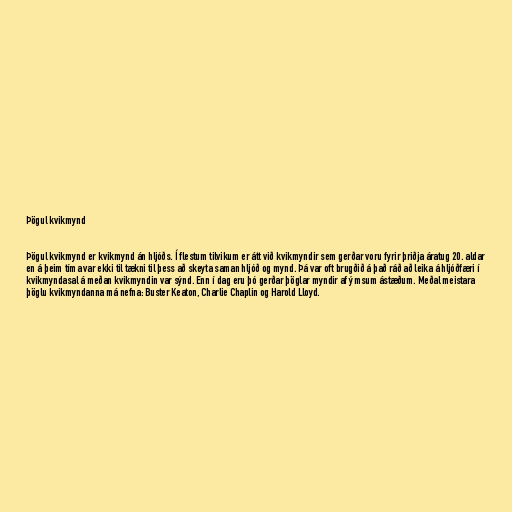
Þögul kvikmynd

Þögul kvikmynd er kvikmynd án hljóðs. Í flestum tilvikum er átt við kvikmyndir sem gerðar voru fyrir þriðja áratug 20. aldar
en á þeim tíma var ekki til tækni til þess að skeyta saman hljóð og mynd. Þá var oft brugðið á það ráð að leika á hljóðfæri í
kvikmyndasal á meðan kvikmyndin var sýnd. Enn í dag eru þó gerðar þöglar myndir af ýmsum ástæðum. Meðal meistara
þöglu kvikmyndanna má nefna: Buster Keaton, Charlie Chaplin og Harold Lloyd.